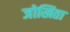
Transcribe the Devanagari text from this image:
जोखिता